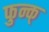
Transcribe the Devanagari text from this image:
फुन्क्